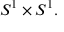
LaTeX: S ^ { 1 } \times S ^ { 1 } .